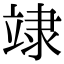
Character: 䇐